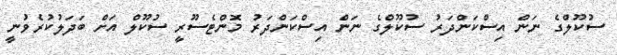
ސުކޫލްގެ ނަން އިސްކަންދަރު ސުކޫލްގެ ނަން އިސްކަންދަރު މޮންޓެސޫރީ ސުކޫލް އަށް ބަދަލުކުރެވުނީ